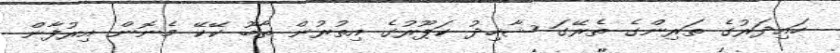
ހައިދަރުގެ ތަރިންގެ ތެރޭގަ ޝާހިދު ކަޕޫރުގެ އިތުރުން ތާބޫ ކޭކޭ މެނޮން އިރުފާން